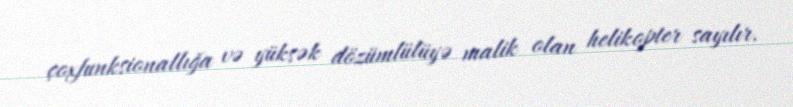
çoxfunksionallığa və yüksək dözümlülüyə malik olan helikopter sayılır.